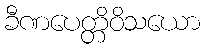
ခီဏပေတ္တိဝိသယော